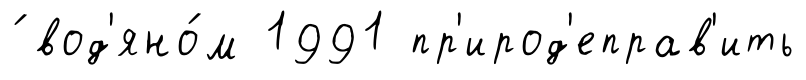
́ вод'яно́м 1991 пр'ирод'еправ'ить